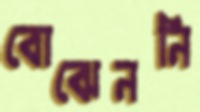
বোঝেননি